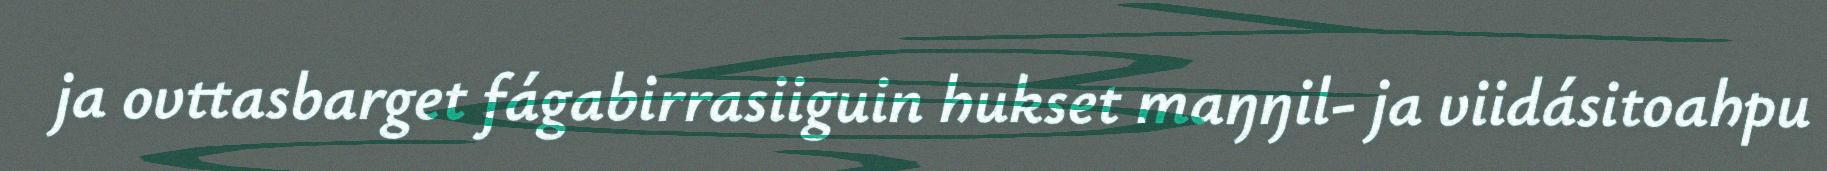
ja ovttasbarget fágabirrasiiguin hukset maŋŋil- ja viidásitoahpu